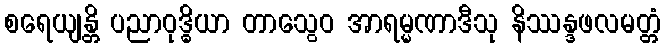
စရေယျန္တိ ပညာဝုဒ္ဓိယာ တာသွေဝ အာရမ္မဏာဒီသု နိဿန္ဒဖလမတ္တံ